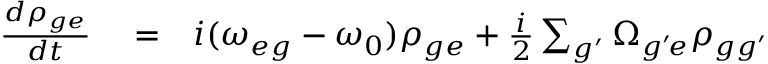
\begin{array} { r l r } { \frac { d \rho _ { g e } } { d t } } & { { } = } & { i ( \omega _ { e g } - \omega _ { 0 } ) \rho _ { g e } + \frac { i } { 2 } \sum _ { g ^ { \prime } } \Omega _ { g ^ { \prime } \! e } \rho _ { g g ^ { \prime } } } \end{array}